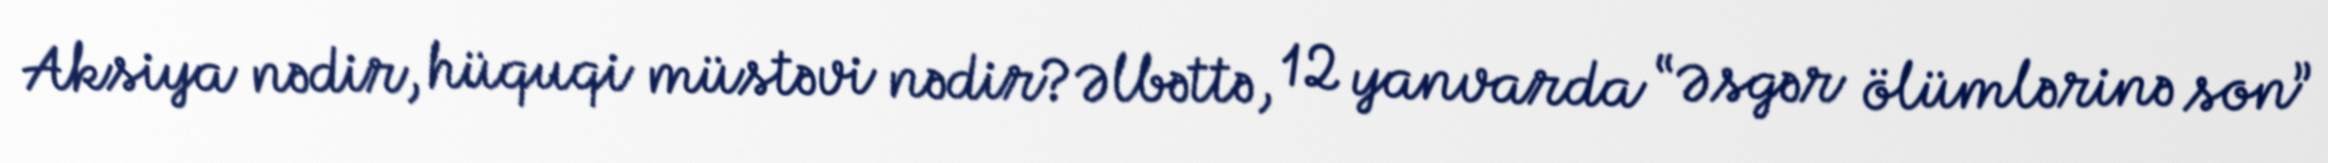
Aksiya nədir, hüquqi müstəvi nədir?Əlbəttə, 12 yanvarda “Əsgər ölümlərinə son”